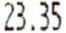
23.35